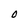
Character: O